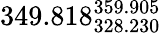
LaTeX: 349.818_{328.230}^{359.905}